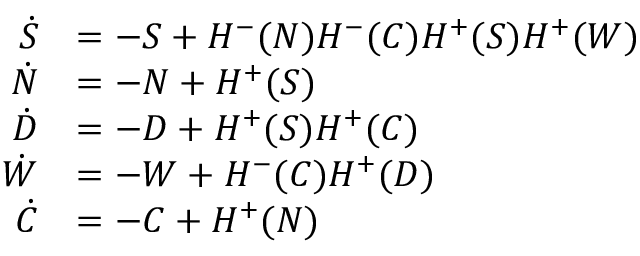
\begin{array} { r l } { \dot { S } } & { = - S + H ^ { - } ( N ) H ^ { - } ( C ) H ^ { + } ( S ) H ^ { + } ( W ) } \\ { \dot { N } } & { = - N + H ^ { + } ( S ) } \\ { \dot { D } } & { = - D + H ^ { + } ( S ) H ^ { + } ( C ) } \\ { \dot { W } } & { = - W + H ^ { - } ( C ) H ^ { + } ( D ) } \\ { \dot { C } } & { = - C + H ^ { + } ( N ) } \end{array}